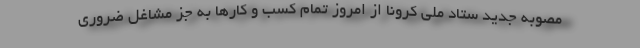
مصوبه جدید ستاد ملی کرونا از امروز تمام کسب و کارها به جز مشاغل ضروری